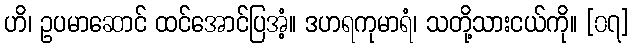
ဟိ၊ ဥပမာဆောင် ထင်အောင်ပြအံ့။ ဒဟရကုမာရံ၊ သတို့သားငယ်ကို။ [၀၇]